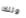
وتلك